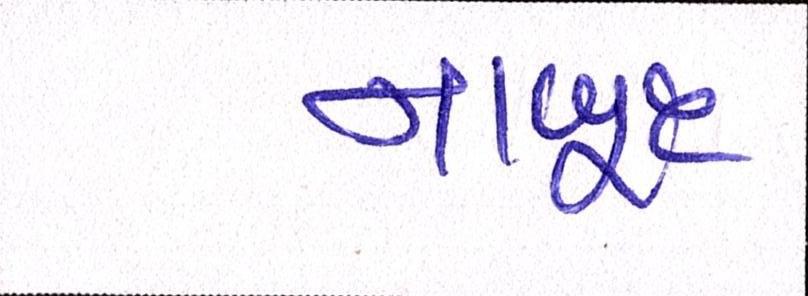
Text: નાબૂદ